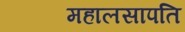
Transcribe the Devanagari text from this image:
महालसापति